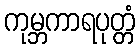
ကုမ္ဘကာရပုတ္တံ